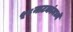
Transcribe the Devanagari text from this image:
५८नाटकांमध्ये